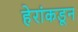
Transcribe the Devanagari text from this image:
हेरांकडून